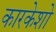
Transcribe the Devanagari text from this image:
कारकेशो